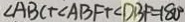
\angle A B C + \angle A B F + \angle D B F = 1 8 0 ^ { \circ }